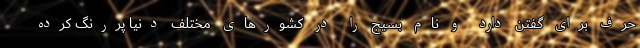
حرف برای گفتن دارد و نام بسیج را در کشورهای مختلف دنیا پررنگ کرده